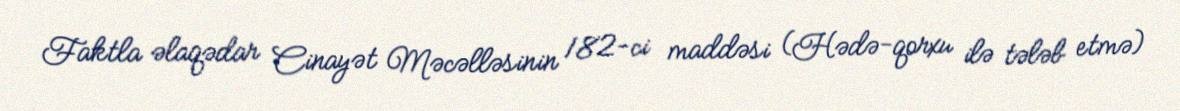
Faktla əlaqədar Cinayət Məcəlləsinin 182-ci maddəsi (Hədə-qorxu ilə tələb etmə)